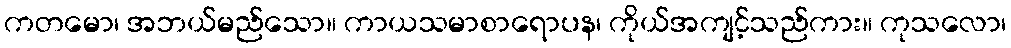
ကတမော၊ အဘယ်မည်သော။ ကာယသမာစာရောပန၊ ကိုယ်အကျင့်သည်ကား။ ကုသလော၊